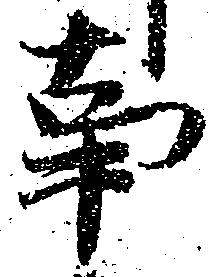
事